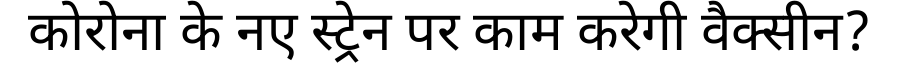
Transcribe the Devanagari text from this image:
कोरोना के नए स्ट्रेन पर काम करेगी वैक्सीन?